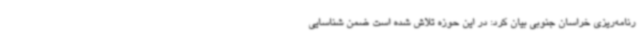
رنامه‌ریزی خراسان جنوبی بیان کرد: در این حوزه تلاش شده است ضمن شناسایی